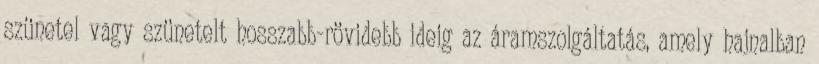
szünetel vagy szünetelt hosszabb-rövidebb ideig az áramszolgáltatás, amely hajnalban